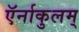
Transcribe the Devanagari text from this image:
ऍर्नाकुलम्